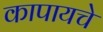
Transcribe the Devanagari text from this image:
कापायचे